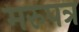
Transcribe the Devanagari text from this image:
मरुपत्र